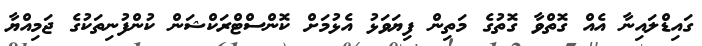
ގައިޑްލައިނާ އެއް ގޮތްވާ ގޮތުގެ މަތިން ފިޔަވަޅު އެޅުމަށް ކޮންސްޓްރަކްޝަން ކުންފުނިތަކުގެ ޖަމިއްޔާ